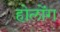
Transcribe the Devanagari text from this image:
होलोंग